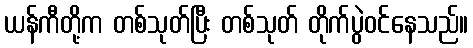
ယန်ကီတို့က တစ်သုတ်ပြီး တစ်သုတ် တိုက်ပွဲဝင်နေသည်။